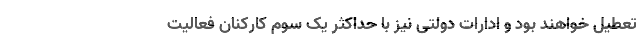
تعطیل خواهند بود و ادارات دولتی نیز با حداکثر یک سوم کارکنان فعالیت